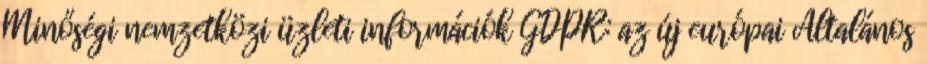
Minőségi nemzetközi üzleti információk GDPR: az új európai Általános